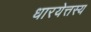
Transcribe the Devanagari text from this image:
धारयेत्तस्य